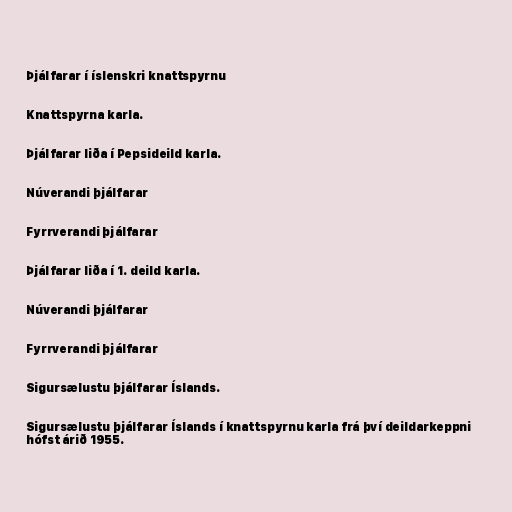
Þjálfarar í íslenskri knattspyrnu

Knattspyrna karla.

Þjálfarar liða í Pepsideild karla.

Núverandi þjálfarar

Fyrrverandi þjálfarar

Þjálfarar liða í 1. deild karla.

Núverandi þjálfarar

Fyrrverandi þjálfarar

Sigursælustu þjálfarar Íslands.

Sigursælustu þjálfarar Íslands í knattspyrnu karla frá því deildarkeppni
hófst árið 1955.